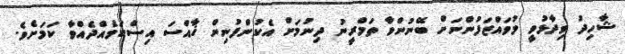
ޝާހިދު ވިދާޅުވީ މުވައްޒަފުންނަށް ބޭނުންވާ ތަމްރީނު ދިނުމަށް އެކުންފުނިން ޚާއްސަ އިސްކަމެއްދެއްވާ ކަމަށެވެ.